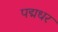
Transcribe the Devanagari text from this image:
पद्मधर